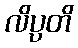
လိပ္ပတိ